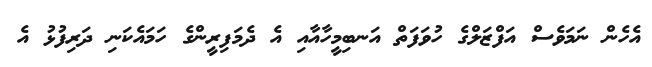
އެހެން ނަމަވެސް އަފްޒަލްގެ ހުވަފަތް އަނބިމީހާއާއި އެ ދެމަފިރީންގެ ހަމައެކަނި ދަރިފުޅު އެ